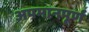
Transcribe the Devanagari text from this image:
अपमानपूर्ण